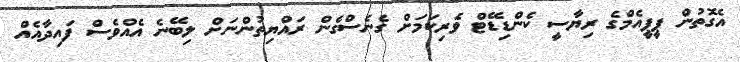
އެގޮތުން ޕީޕީއެމްގެ ރިޔާސީ ކެންޑިޑޭޓް ވެރިކަމަށް ގެނެސްގެން ރައްޔިތުންނަށް ލިބޭނެ އެއްވެސް ފައިދާއެއް